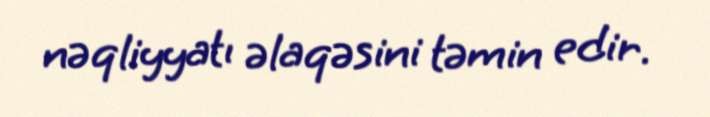
nəqliyyatı əlaqəsini təmin edir.